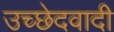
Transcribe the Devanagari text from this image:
उच्छेदवादी